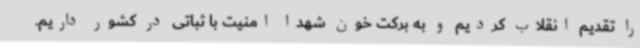
را تقدیم انقلاب کردیم و به برکت خون شهدا امنیت با ثباتی در کشور داریم.